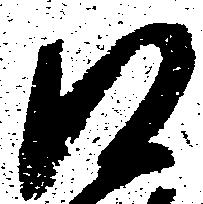
口